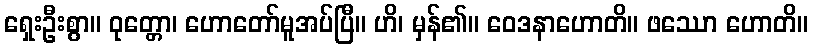
ရှေးဦးစွာ။ ဝုတ္တော၊ ဟောတော်မူအပ်ပြီ။ ဟိ၊ မှန်၏။ ဝေဒနာဟောတိ။ ဖဿော ဟောတိ။